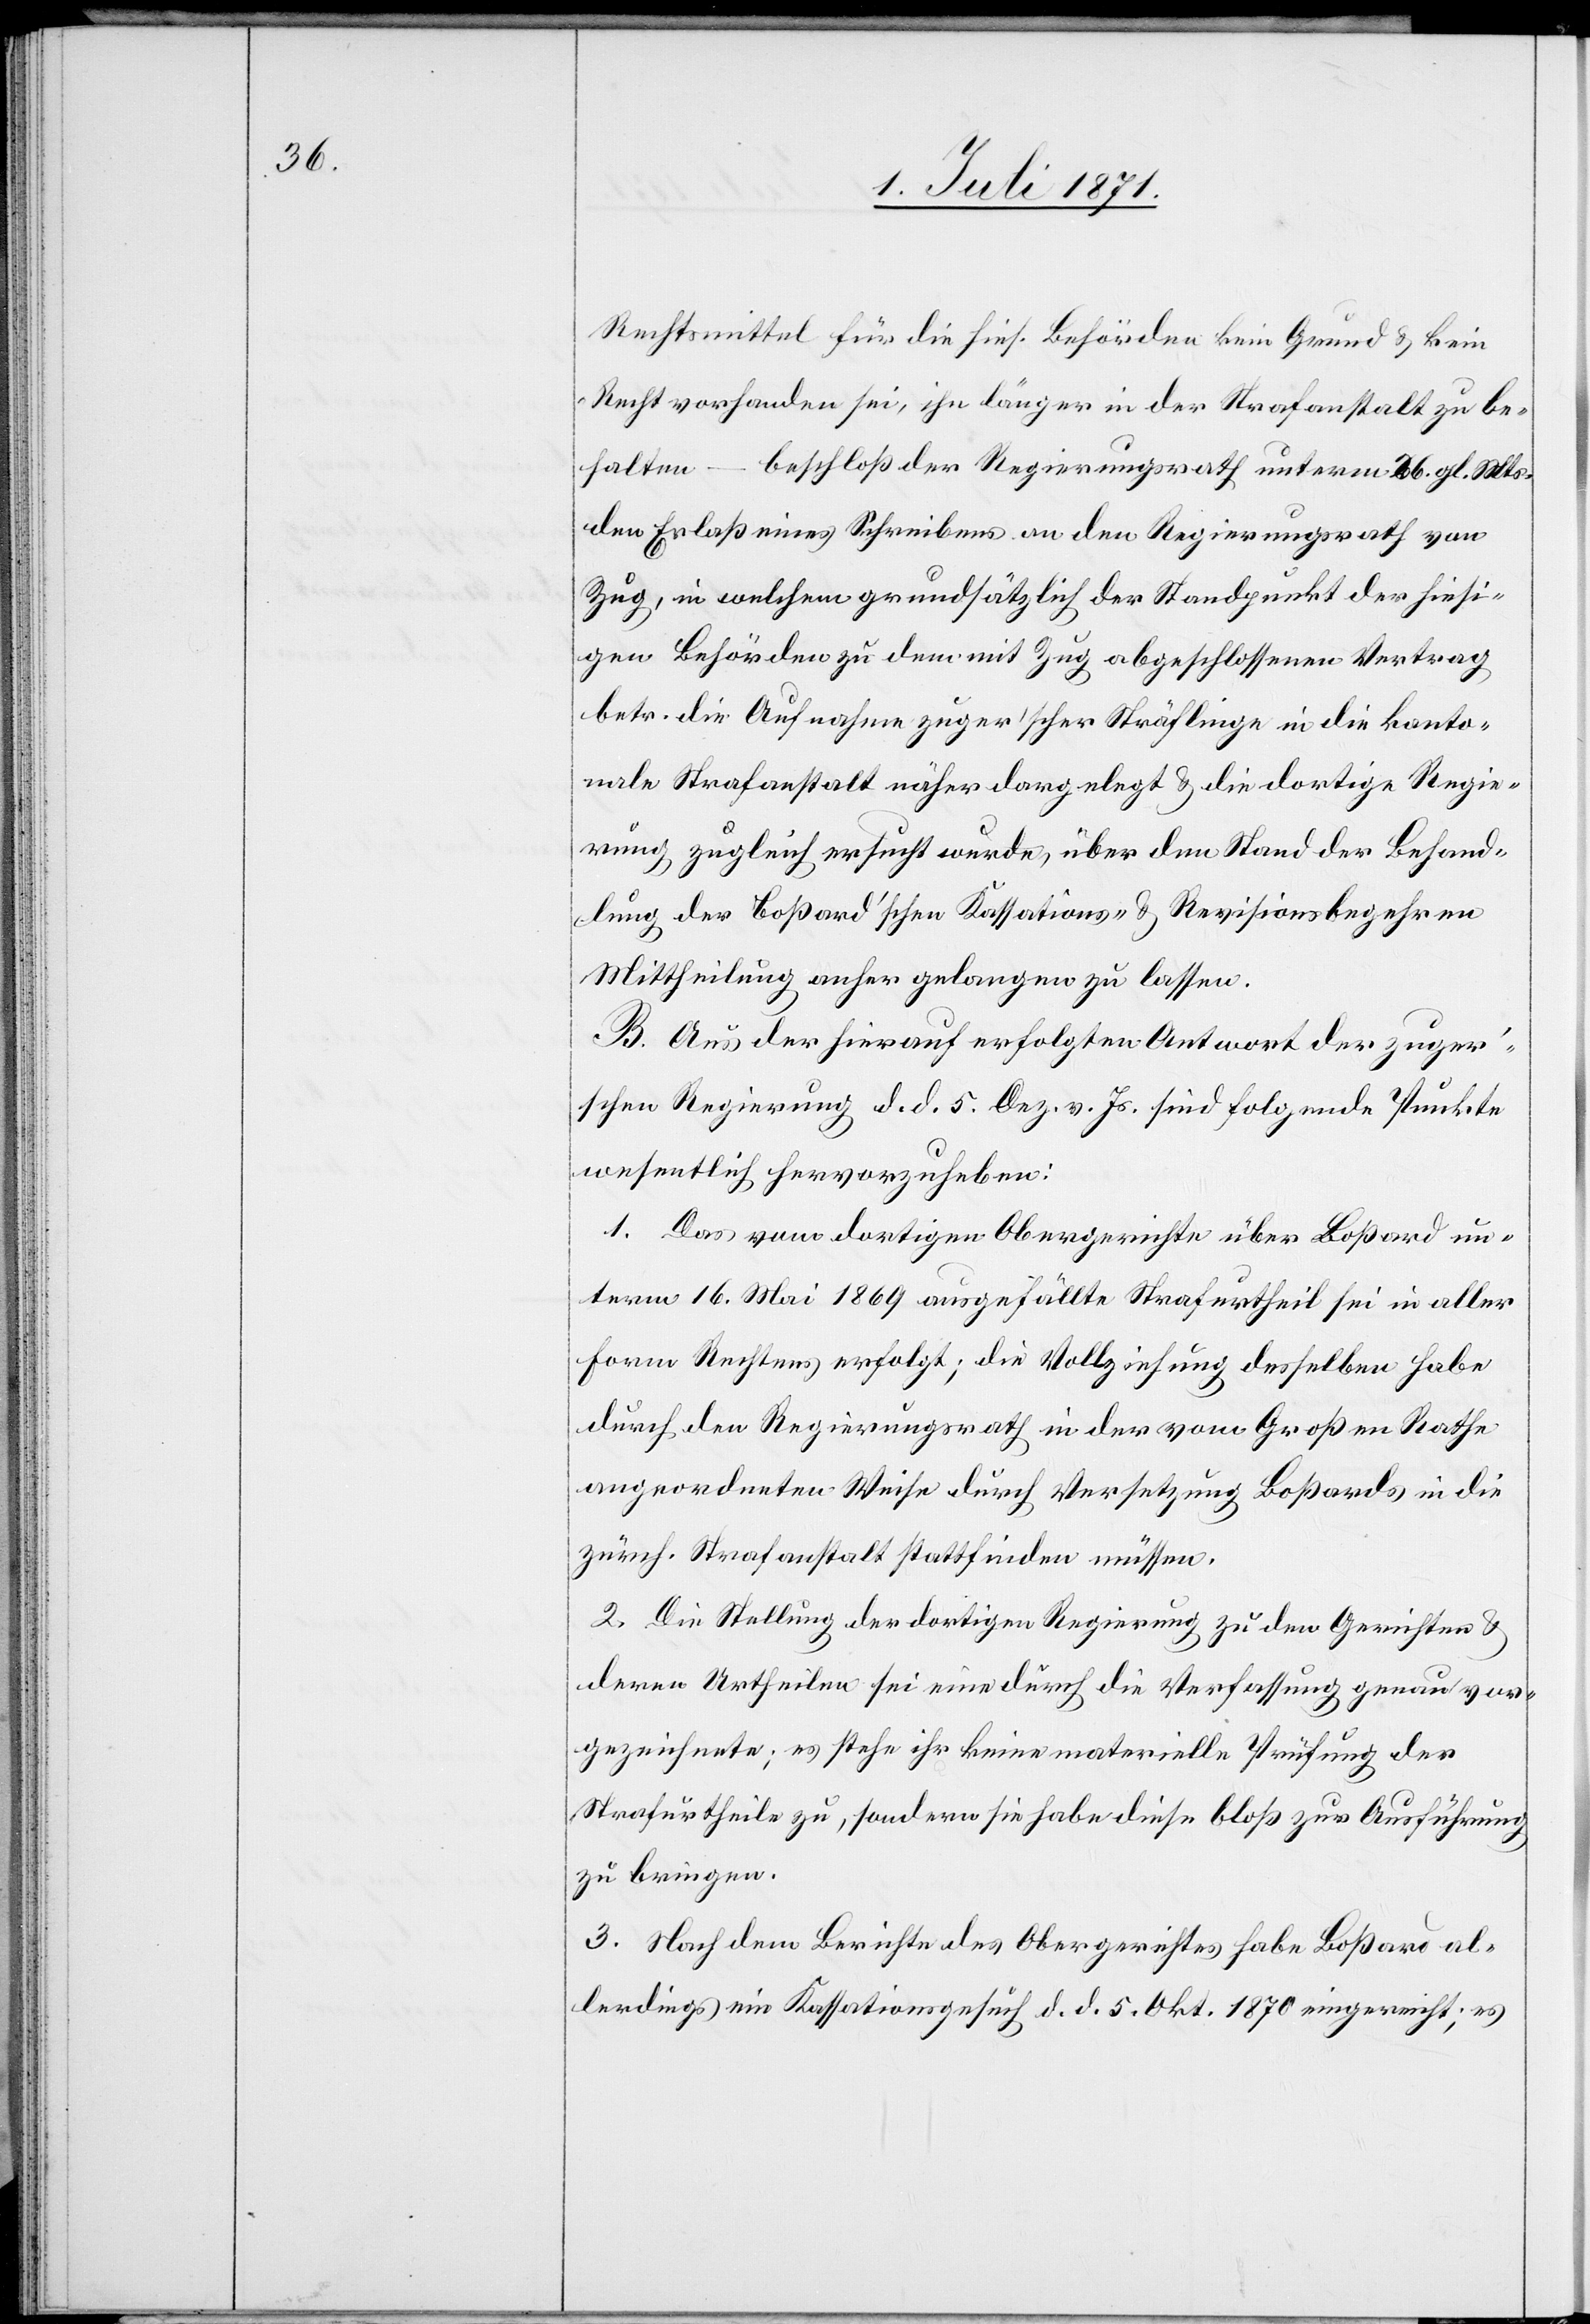
Rechtsmittel für die hies. Behörden kein Grund u. kein
Recht vorhanden sei [sic!], ihn länger in der Strafanstalt zu be¬
halten – beschloß der Regierungsrath unterm [?1]6. gl. Mts.
den Erlaß eines Schreibens an den Regierungsrath von
Zug, in welchem grundsätzlich der Standpunkt der hiesi¬
gen Behörden zu dem mit Zug abgeschlossenen Vertrag
betr. die Aufnahme zuger’schen Sträflinge in die kanto¬
nale Strafanstalt näher dargelegt u. die dortige Regie¬
rung zugleich ersucht wurde, über den Stand der Behand¬
lung der Boßard’schen Kassations- u. Revisionsbegehren
Mittheilung anher gelangen zu lassen.
B. Aus der hierauf erfolgten Antwort der zuger’s¬
chen Regierung d. d. 5. Dez. v. Js. sind folgende Punkte
wesentlich hervorzuheben:
1. Das vom dortigen Obergericht über Boßard un¬
term 16. Mai 1869 ausgefällte Strafurtheil sei in aller
Form Rechtens erfolgt; die Vollziehung desselben habe
durch den Regierungsrath in der vom Großen Rathe
angeordneten Weise durch Versetzung Boßards in die
zürch. Strafanstalt stattfinden müssen.
2. Die Stellung der dortigen Regierung zu den Gerichten u.
deren Urtheilen sei eine durch die Verfassung genau vor¬
gezeichnete; es stehe ihr keine materielle Prüfung der
Strafurtheile zu, sondern sie habe diese bloß zur Ausführung
zu bringen.
3. Nach dem Berichte des Obergerichtes habe Boßard al¬
lerdings ein Kassationsgesuch d. d. 5. Okt. 1870 eingereicht; es